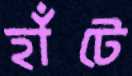
হাঁটে